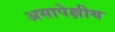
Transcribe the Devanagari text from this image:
असापेक्षीय